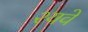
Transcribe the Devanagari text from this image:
श्यवे